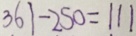
3 6 1 - 2 5 0 = 1 1 1